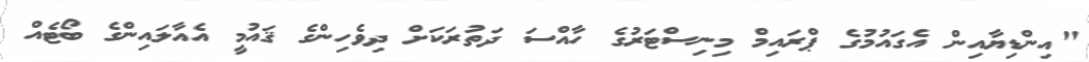
"އިންޑިޔާއިން އެގައުމުގެ ޕްރައިމް މިނިސްޓަރުގެ ހާއްސަ ދަތުރަކަށް ދިވެހިންގެ ޤައުމީ އެއާލައިންގެ ބޯޓެއް